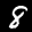
Label: 8